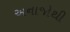
અનાજોથી